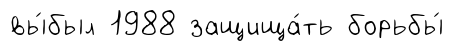
вы́был 1988 защища́ть борьбы́